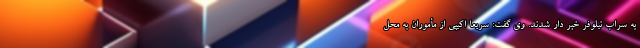
به سراب نیلوفر خبر دار شدند. وی گفت: سریعاً اکیپی از مأموران به محل